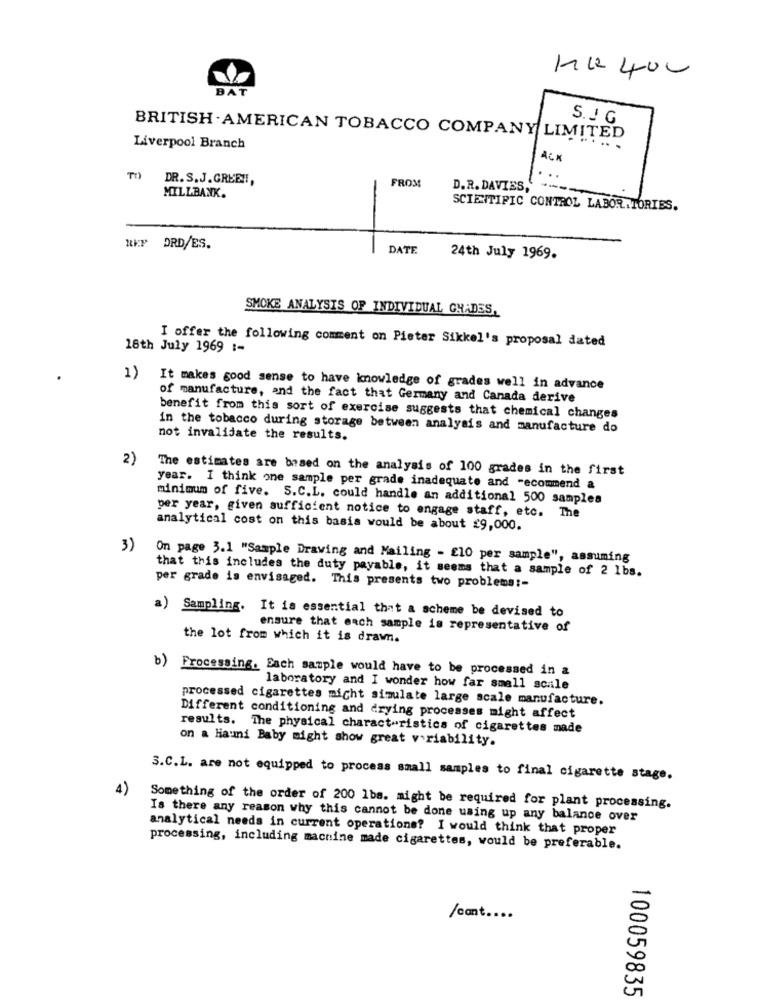
1222400
BAT
S. J G
BRITISH AMERICAN TOBACCO COMPANY LIMITED
Liverpool Branch
ACK
DR. S.J.GREEN,
FROM
MILLBANK.
D. R. DAVIES,
SCIENTIFIC CONTROL LABORATORIES.
RKP ORD/ES.
DATE
24th July 1969.
SMOKE ANALYSIS OF INDIVIDUAL GHADES,
I offer the following comment on Pieter Sikkel's proposal dated
18th July 1969 :-
1)
It makes good sense to have knowledge of grades well in advance
of manufacture, and the fact that Germany and Canada derive
benefit from this sort of exercise suggests that chemical changes
in the tobacco during storage between analysis and manufacture do
not invalidate the results.
2)
The estimates are based on the analysis of 100 grades in the first
year. I think one sample per grade inadequate and -ecommend a
minimum of five. S.C.L. could handle an additional 500 samples
per year, given sufficient notice to engage staff, etc. The
analytical cost on this basis would be about £9,000.
3)
On page 3.1 "Sample Drawing and Mailing - £10 per sample", assuming
that this includes the duty payable, it seems that a sample of 2 1bs.
per grade is envisaged. This presents two problema :-
a) Sampling. It is essential that a scheme be devised to
ensure that each sample is representative of
the lot from which it is drawn.
b) Processing. Each sample would have to be processed in a
laboratory and I wonder how far small scale
processed cigarettes micht simulate large scale manufacture.
Different conditioning and drying processes might affect
results. The physical characteristics of cigarettes made
on a Hiauni Baby might show great variability.
3.C.L. are not equipped to process small samples to final cigarette stage.
4)
Something of the order of 200 1bs. might be required for plant processing.
Is there any reason why this cannot be done using up any balance over
analytical needs in current operations? I would think that proper
processing, including machine made cigarettes, would be preferable.
/cont ....
100059835